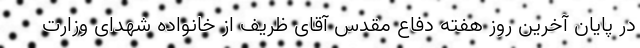
در پایان آخرین روز هفته دفاع مقدس آقای ظریف از خانواده شهدای وزارت